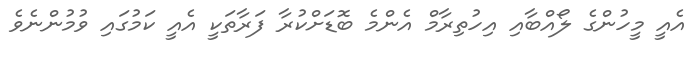
އެއީ މީހުންގެ ލޯއްބާއި އިހުތިރާމް އެންމެ ބޮޑަށްކުރާ ފަރާތަކީ އެއީ ކަމުގައި ވުމުންނެވެ